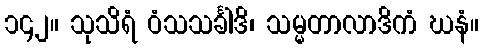
၁၄၂။ သုသိရံ ဝံသသင်္ခါဒိ၊ သမ္မတာလာဒိကံ ဃနံ။